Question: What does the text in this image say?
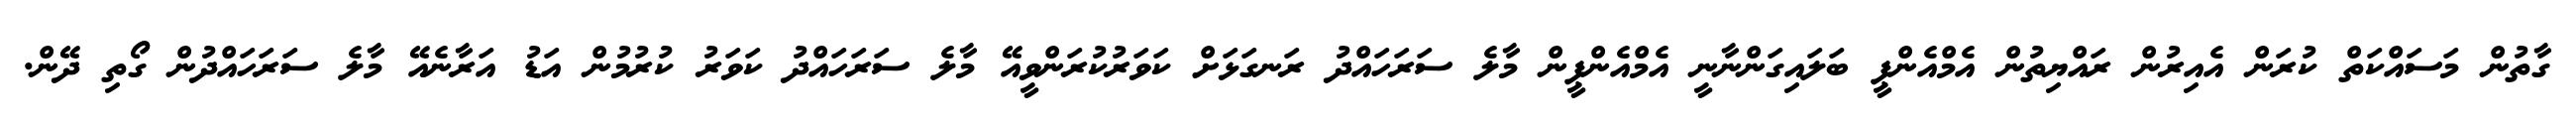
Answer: ގާތުން މަސައްކަތް ކުރަން އެއިރުން ރައްޔިތުން އެމްއެންޕީ ބަލައިގަންނާނީ އެމްއެންޕީން މާލެ ސަރަހައްދު ރަނގަޅަށް ކަވަރުކުރަންވީއޭ މާލެ ސަރަހައްދު ކަވަރު ކުރުމުން އަޑު އަރާނެއޭ މާލެ ސަރަހައްދުން ގޯތި ދޭން.